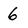
Character: 6